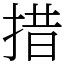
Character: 措